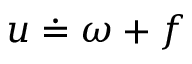
u \doteq \omega + f